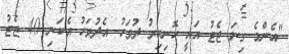
"އެންމެ ގިނަ ޖެޓު އައީ ހޮނިހިރު ދުވަހު. އެދުވަހު އެކަނި 40 ޖެޓު